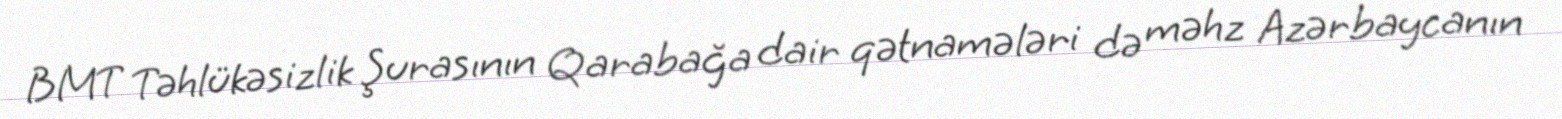
BMT Təhlükəsizlik Şurasının Qarabağa dair qətnamələri də məhz Azərbaycanın